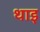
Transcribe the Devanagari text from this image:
थाइ